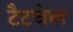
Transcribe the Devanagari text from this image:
टैटचेल